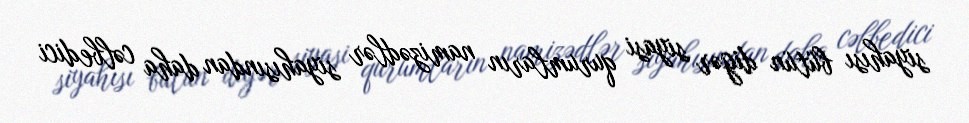
siyahısı bütün digər siyasi qurumların namizədlər siyahısından daha cəlbedici